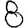
Digit: 8